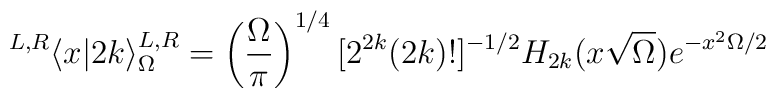
{}^{L,R}\langle x | 2k \rangle^{L,R}_\Omega = \left({{ \Omega} \over {\pi}} \right)^{1/4}  [2^{2k} (2k)!]^{-1/2} H_{2k} (x \sqrt{\Omega }) e^{-x^2 \Omega/2}